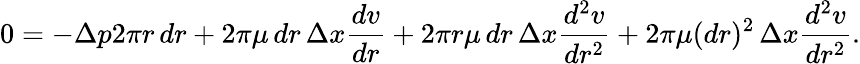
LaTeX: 0=-\Delta p2\pi r\, dr+2\pi\mu\, dr\, \Delta x{\frac{dv}{dr}}+2\pi r\mu\, dr\, \Delta x{\frac{d^{2}v}{dr^{2}}}+2\pi\mu(dr)^{2}\, \Delta x{\frac{d^{2}v}{dr^{2}}}.